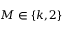
M \in \{ k , 2 \}